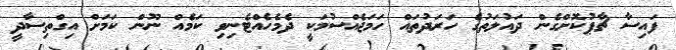
ފައިސާ ޗާޕުކޮށްގެން ދައުލަތުގެ ހަރަދުތައް ހަމަޖެއްސުމަކީ ދެމެހެއްޓެނިވި ކަމެއް ނޫން ކަމަށް އިގްތިސާދީ